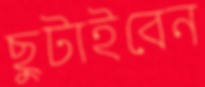
ছুটাইবেন